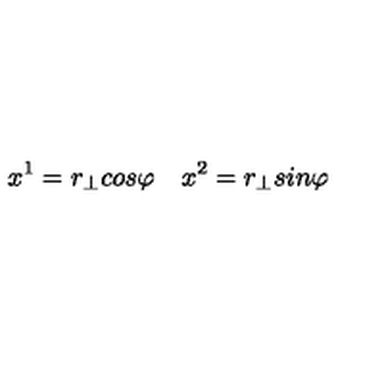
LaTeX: x ^ { 1 } = r _ { \bot } c o s \varphi \quad x ^ { 2 } = r _ { \bot } s i n \varphi